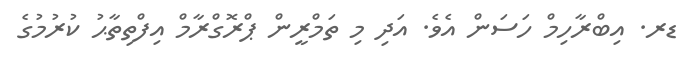
ޑރ. އިބްރާހިމް ހަސަން އެވެ. އަދި މި ތަމްރީން ޕްރޮގްރާމް އިފްތިތާޙު ކުރުމުގެ